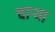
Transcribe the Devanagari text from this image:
चाऱ्या